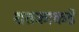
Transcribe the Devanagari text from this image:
शतकाकडे